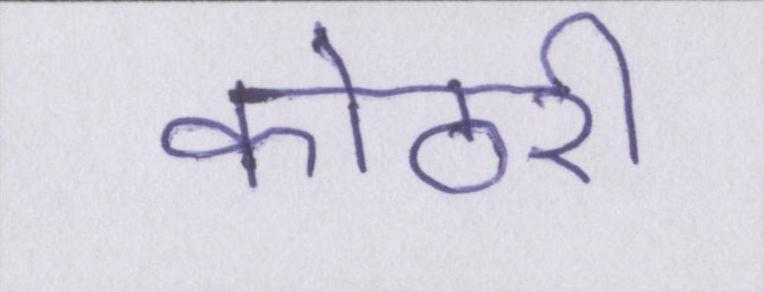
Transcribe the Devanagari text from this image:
कोठरी